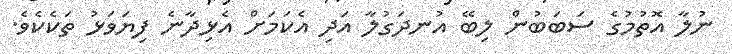
ނުލާ އޮތުމުގެ ސަބަބުން ލިބޭ އުނދަގުލާ އަދި އެކަމަށް އެޅިދާނެ ފިޔަވަޅު ތަކެކެވެ.